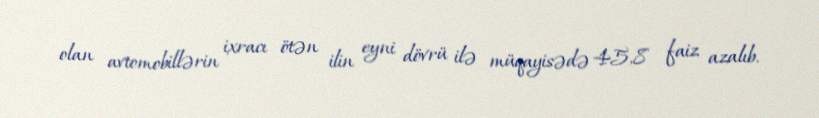
olan avtomobillərin ixracı ötən ilin eyni dövrü ilə müqayisədə 45,8 faiz azalıb.